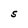
Character: S